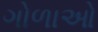
ગોળાઓ